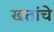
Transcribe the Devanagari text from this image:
खतांचे